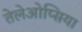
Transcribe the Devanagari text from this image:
तेलेओप्सिया